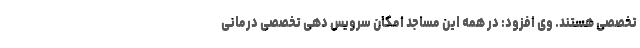
تخصصی هستند. وی افزود: در همه این مساجد امکان سرویس دهی تخصصی درمانی